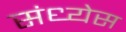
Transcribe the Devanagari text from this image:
संध्येस